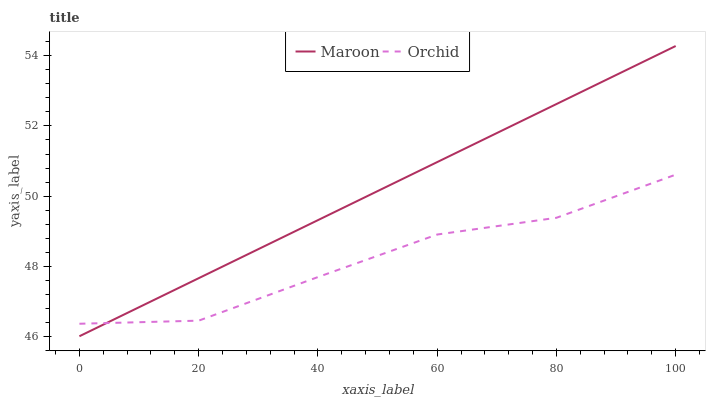
| xaxis_label | Maroon | Orchid |
 | --- | --- | --- |
 | 0 | 46 | 46.4 |
 | 20 | 47.7 | 46.4 |
 | 40 | 49.3 | 47.7 |
 | 60 | 51 | 48.9 |
 | 80 | 52.6 | 49.4 |
 | 100 | 54.3 | 50.6 |